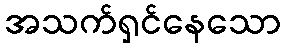
အသက်ရှင်နေသော